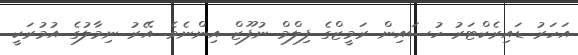
އަހަރު ޑައިރެކްޓަރު ހުސައިން ރަމީޒްގެ ފިލްމް ނުފޫޒް އިންނެވެ. އޭރު ނިމާލުގެ އުމުރަކީ